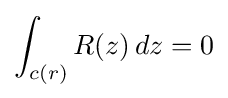
\int _{c(r)}R(z)\,dz=0